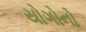
યોગોનો